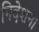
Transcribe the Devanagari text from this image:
निदेशन।